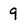
Character: 9